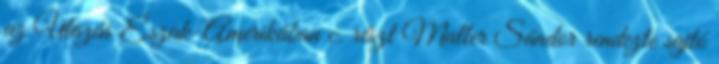
az Utazás Észak-Amerikában c. részt Maller Sándor rendezte sajtó